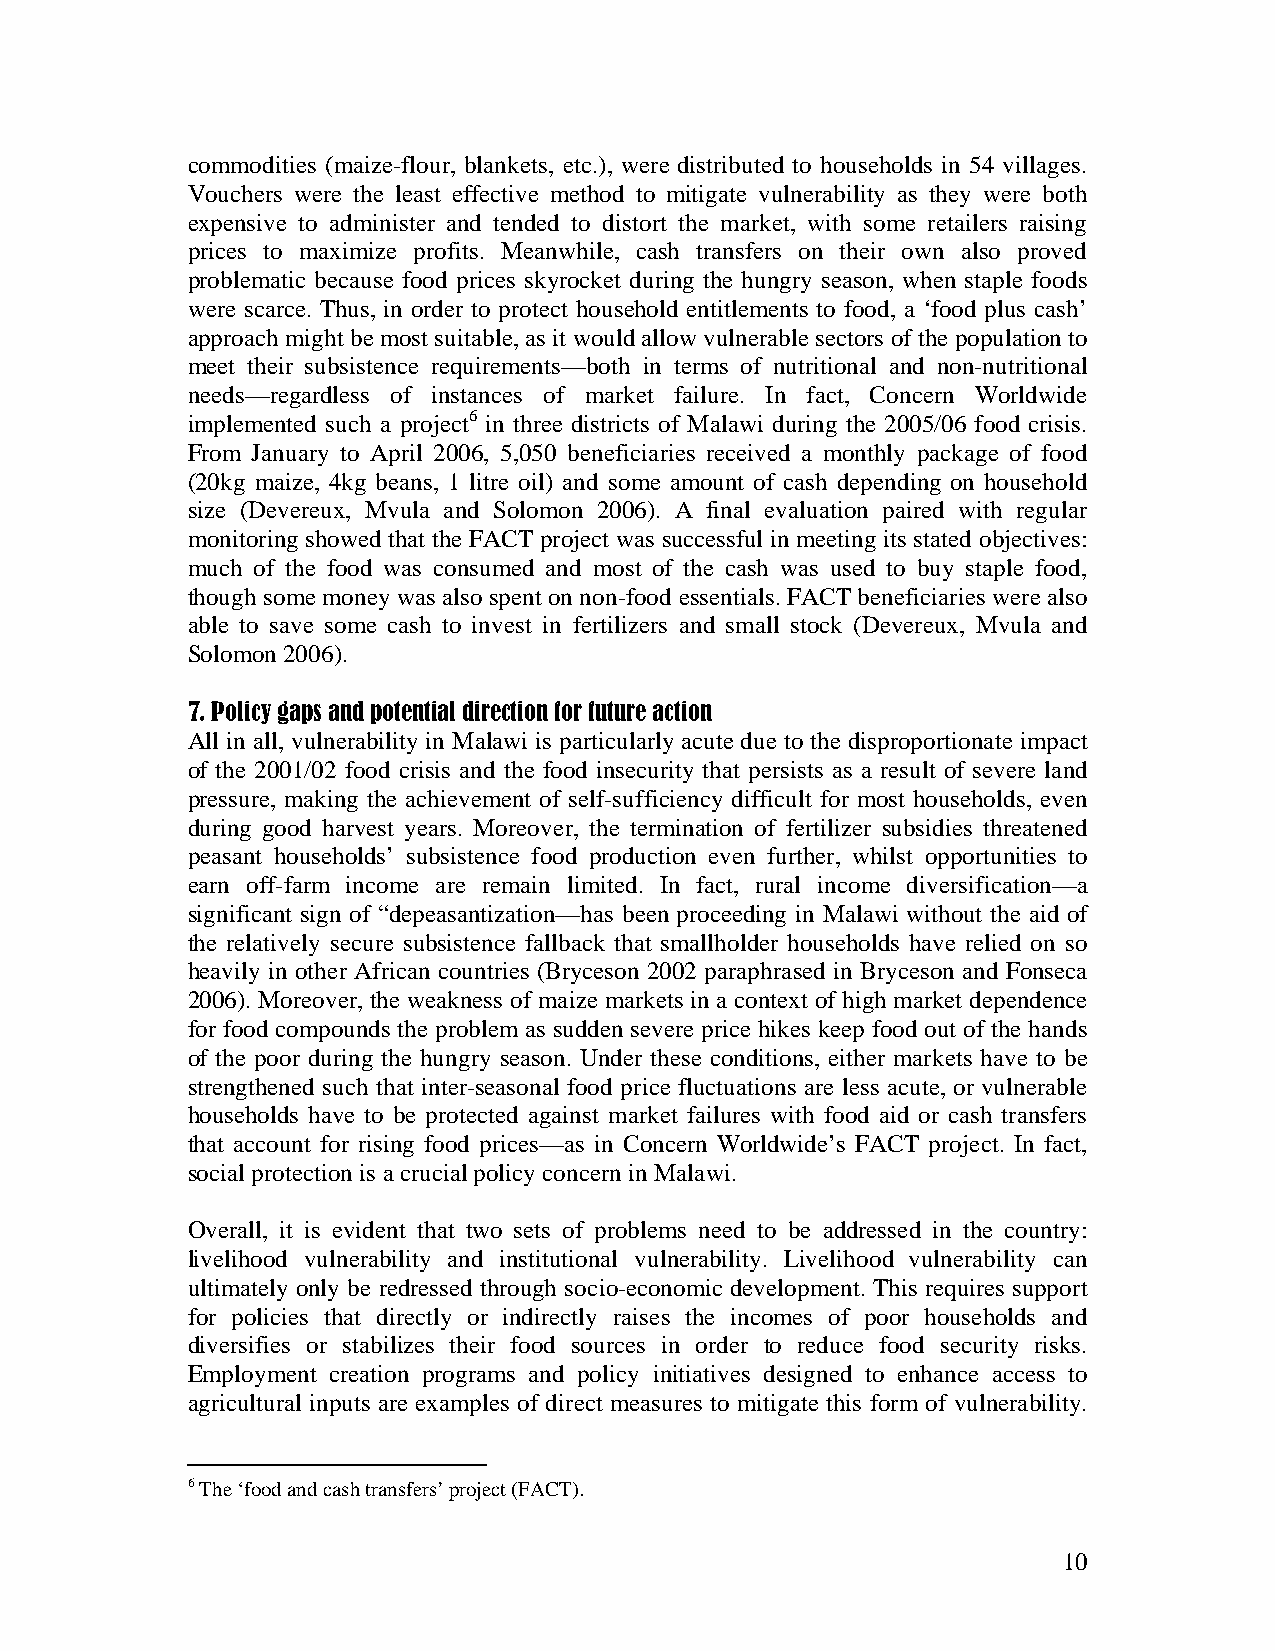
commodities (maize-flour, blankets, etc.), were distributed to households in 54 villages.
 Vouchers were the least effective method to mitigate vulnerability as they were both
 expensive to administer and tended to distort the market, with some retailers raising
 prices to maximize profits. Meanwhile, cash transfers on their own also proved
 problematic because food prices skyrocket during the hungry season, when staple foods
 were scarce. Thus, in order to protect household entitlements to food, a ‘food plus cash’
 approach might be most suitable, as it would allow vulnerable sectors of the population to
 meet their subsistence requirements—both in terms of nutritional and non-nutritional
 needs—regardless of instances of market failure. In fact, Concern Worldwide
 implemented such a project6 in three districts of Malawi during the 2005/06 food crisis.
 From January to April 2006, 5,050 beneficiaries received a monthly package of food
 (20kg maize, 4kg beans, 1 litre oil) and some amount of cash depending on household
 size (Devereux, Mvula and Solomon 2006). A final evaluation paired with regular
 monitoring showed that the FACT project was successful in meeting its stated objectives:
 much of the food was consumed and most of the cash was used to buy staple food,
 though some money was also spent on non-food essentials. FACT beneficiaries were also
 able to save some cash to invest in fertilizers and small stock (Devereux, Mvula and
 Solomon 2006).
 7. Policy gaps and potential direction for future action
 All in all, vulnerability in Malawi is particularly acute due to the disproportionate impact
 of the 2001/02 food crisis and the food insecurity that persists as a result of severe land
 pressure, making the achievement of self-sufficiency difficult for most households, even
 during good harvest years. Moreover, the termination of fertilizer subsidies threatened
 peasant households’ subsistence food production even further, whilst opportunities to
 earn off-farm income are remain limited. In fact, rural income diversification—a
 significant sign of “depeasantization—has been proceeding in Malawi without the aid of
 the relatively secure subsistence fallback that smallholder households have relied on so
 heavily in other African countries (Bryceson 2002 paraphrased in Bryceson and Fonseca
 2006). Moreover, the weakness of maize markets in a context of high market dependence
 for food compounds the problem as sudden severe price hikes keep food out of the hands
 of the poor during the hungry season. Under these conditions, either markets have to be
 strengthened such that inter-seasonal food price fluctuations are less acute, or vulnerable
 households have to be protected against market failures with food aid or cash transfers
 that account for rising food prices—as in Concern Worldwide’s FACT project. In fact,
 social protection is a crucial policy concern in Malawi.
 Overall, it is evident that two sets of problems need to be addressed in the country:
 livelihood vulnerability and institutional vulnerability. Livelihood vulnerability can
 ultimately only be redressed through socio-economic development. This requires support
 for policies that directly or indirectly raises the incomes of poor households and
 diversifies or stabilizes their food sources in order to reduce food security risks.
 Employment creation programs and policy initiatives designed to enhance access to
 agricultural inputs are examples of direct measures to mitigate this form of vulnerability.
 6 The ‘food and cash transfers’ project (FACT).
 10